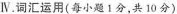
Ⅳ.词汇运用(每小题1分,共 10分)